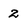
Character: 2